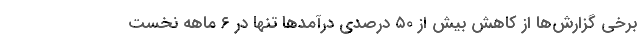
برخی گزارش‌ها از کاهش بیش از ۵۰ درصدی درآمد‌ها تنها در ۶ ماهه نخست